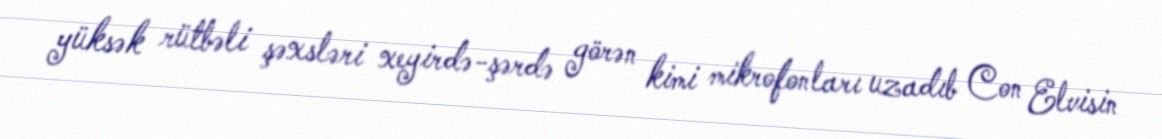
yüksək rütbəli şəxsləri xeyirdə-şərdə görən kimi mikrofonları uzadıb Con Elvisin